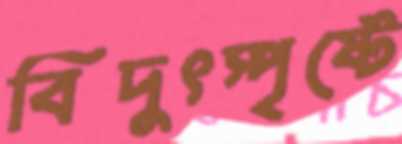
বিদুৎস্পৃষ্টে